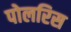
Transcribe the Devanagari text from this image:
पोलरिस